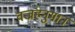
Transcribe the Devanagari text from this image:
वज्रहनुमान